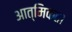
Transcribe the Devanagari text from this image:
आत्मिकता